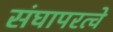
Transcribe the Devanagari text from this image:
संघापरत्वे